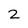
Character: 2